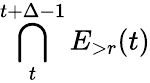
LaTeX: \bigcap_{t}^{t+\Delta-1}E_{>r}(t)